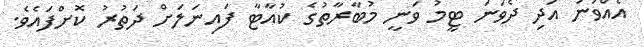
އެއްވަނަ އަދި ދެވަނަ ޓީމު ވަނީ މުބާރާތުގެ ކުއާޓާ ފައިނަލަށް ދަތުރު ކޮށްފައެވެ.